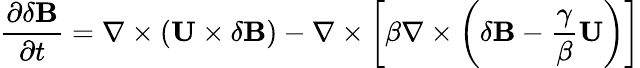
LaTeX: \frac{\partial\delta{\mathbf{B}}}{\partial t}=\nabla\times({\mathbf{U}}\times\delta{\mathbf{B}})-\nabla\times\left[{\beta\nabla\times\left({\delta{\mathbf{B}}-\frac{\gamma}{\beta}{\mathbf{U}}}\right)}\right]